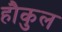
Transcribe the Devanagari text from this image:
हौकुल